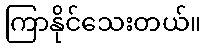
ကြာနိုင်သေးတယ်။